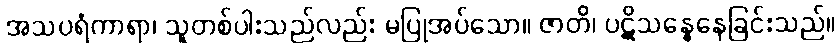
အသပရံကာရာ၊ သူတစ်ပါးသည်လည်း မပြုအပ်သော။ ဇာတိ၊ ပဋိသန္ဓေနေခြင်းသည်။